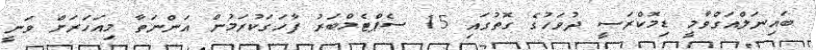
ބައިނަލްއަގްވާމީ ޑިމޮކްރަސީ ދުވަހުގެ ގޮތުގައި 15 ސެޕްޓެމްބަރު ފާހަގަކުރަމުން އަންނަތާ މިއަހަރަށް ވަނީ